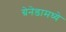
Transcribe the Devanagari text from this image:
ग्रेनेडामध्ये